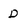
Character: D